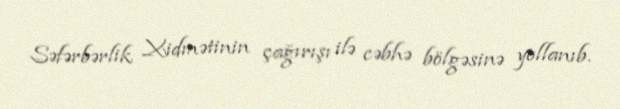
Səfərbərlik Xidmətinin çağırışı ilə cəbhə bölgəsinə yollanıb.